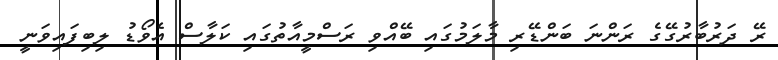
ރޭ ދަރުބާރުގޭގެ ރަންނަ ބަންޑޭރި މާލަމުގައި ބޭއްވި ރަސްމީއާތުގައި ކަލާސް އެވޯޑު ލިބިފައިވަނީ